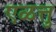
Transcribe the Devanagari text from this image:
एळत्तु